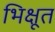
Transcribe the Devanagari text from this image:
भिक्षूत